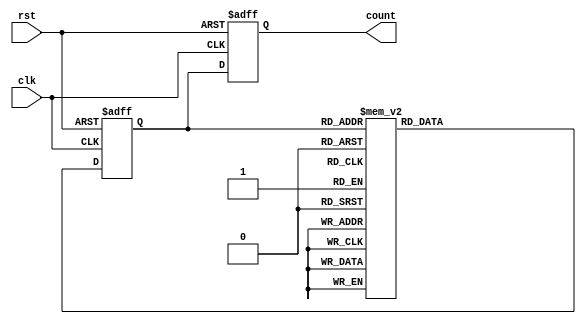
module gray_counter (
    input wire clk,
    input wire rst,
    output reg [3:0] count
);

reg [3:0] d_ff;
reg [3:0] next_d_ff;

always @ (posedge clk or posedge rst) begin
    if (rst) begin
        d_ff <= 4'b0000; // Initial value
    end else begin
        d_ff <= next_d_ff;
    end
end

always @* begin
    case (d_ff)
        4'b0000: next_d_ff = 4'b0001;
        4'b0001: next_d_ff = 4'b0011;
        4'b0011: next_d_ff = 4'b0010;
        4'b0010: next_d_ff = 4'b0110;
        4'b0110: next_d_ff = 4'b0111;
        4'b0111: next_d_ff = 4'b0101;
        4'b0101: next_d_ff = 4'b0100;
        4'b0100: next_d_ff = 4'b1100;
        4'b1100: next_d_ff = 4'b1101;
        4'b1101: next_d_ff = 4'b1111;
        4'b1111: next_d_ff = 4'b1110;
        default: next_d_ff = 4'b0000; // Reset to initial value
    endcase
end

always @ (posedge clk or posedge rst) begin
    if (rst) begin
        count <= 4'b0000; // Initial value
    end else begin
        count <= d_ff;
    end
end

endmodule